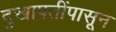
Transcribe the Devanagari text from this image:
दुखापतींपासून